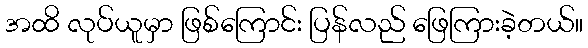
အထိ လုပ်ယူမှာ ဖြစ်ကြောင်း ပြန်လည် ဖြေကြားခဲ့တယ်။